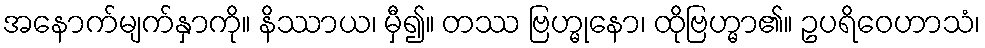
အနောက်မျက်နှာကို။ နိဿာယ၊ မှီ၍။ တဿ ဗြဟ္မုနော၊ ထိုဗြဟ္မာ၏။ ဥပရိဝေဟာသံ၊